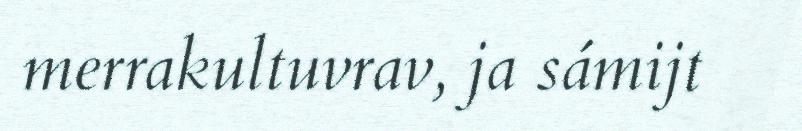
merrakultuvrav, ja sámijt